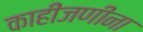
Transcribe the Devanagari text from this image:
काहीजणींना